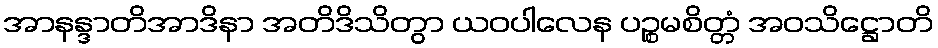
အာနန္ဒာတိအာဒိနာ အတိဒိသိတွာ ယဝပါလေန ပဉ္စမစိတ္တံ အဝသိဋ္ဌောတိ